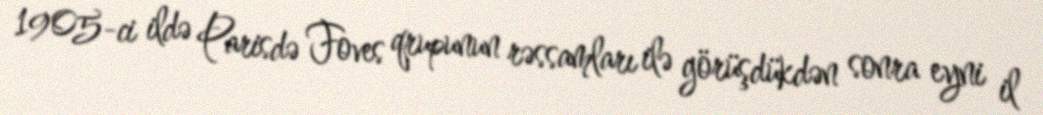
1905-ci ildə Parisdə Foves qrupunun rəssamları ilə görüşdükdən sonra eyni il